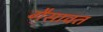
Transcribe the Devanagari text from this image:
गैसावत